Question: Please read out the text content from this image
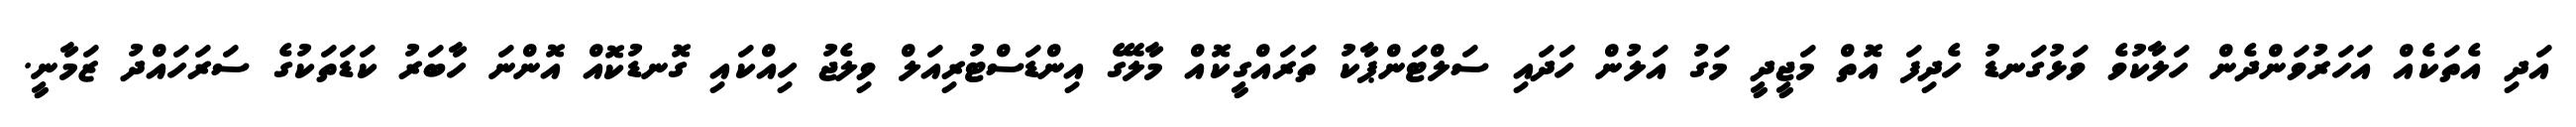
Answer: އަދި އެތަކެއް އަހަރުވަންދެން ހަލާކުވެ ވަޅުގަނޑު ހެދިފަ އޮތް މަޖީދީ މަގު އަލުން ހަދައި ސަލްޓަންޕާކު ތަރައްގީކޮއް މާލޭގެ އިންޑަސްޓުރިއަލް ވިލެޖު ހިއްކައި ގޮނޑުކޮއް އޮންނަ ހާބަރު ކަޑަތަކުގެ ސަރަހައްދު ޒަމާނީ.